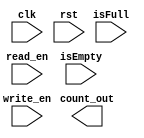
module queueCounter (input clk, rst, write_en, read_en, isFull, isEmpty, 
							output reg [3:0] count_out);
		
		always @ (posedge clk, posedge rst)
			begin
				// If reset button pressed, reset count
				if (rst)
					begin
						count = 8'b0;
					end
				// If read_en and write_en both pressed, count unchanged
				else if (read_en && write_en && !isEmpty && !isFull)
					count = count;
				// If only read_en pressed and not empty, decrement count
				else if (read_en && !isEmpty)
					begin
						count = count - 1;
					end
				// If only write_en pressed and not full, increment count
				else if (write_en & !isFull)
					begin
						count = count + 1;
					end
				// Else, count remains unchanged
				else
					begin
						count = count;
					end
			end
		
		
endmodule